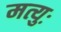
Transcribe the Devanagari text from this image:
मत्युः